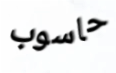
حاسوب